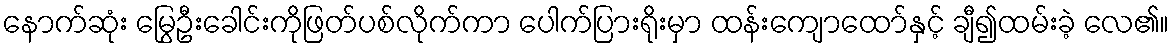
နောက်ဆုံး မြွေဦးခေါင်းကိုဖြတ်ပစ်လိုက်ကာ ပေါက်ပြားရိုးမှာ ထန်းကျောထော်နှင့် ချီ၍ထမ်းခဲ့ လေ၏။